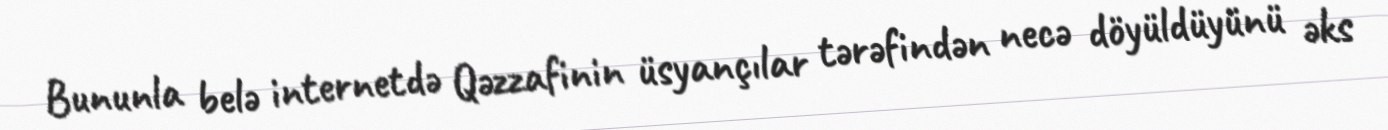
Bununla belə internetdə Qəzzafinin üsyançılar tərəfindən necə döyüldüyünü əks